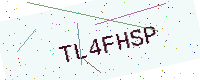
Text: TL4FHSP